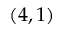
( 4 , 1 )